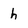
Character: h